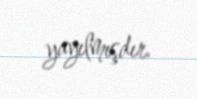
yayılmışdır.